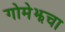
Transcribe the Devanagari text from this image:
गोमेझचा